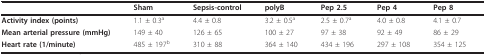
|  | Sham | Sepsis-control | polyB | Pep 2.5 | Pep 4 | Pep 8 |
 | --- | --- | --- | --- | --- | --- | --- |
 | Activity index (points) | 1.1 ± 0.3a | 4.4 ± 0.8 | 3.2 ± 0.5a | 2.5 ± 0.7a | 4.0 ± 0.8 | 4.1 ± 0.7 |
 | Mean arterial pressure (mmHg) | 149 ± 40 | 126 ± 65 | 100 ± 27 | 97 ± 38 | 92 ± 49 | 86 ± 29 |
 | Heart rate (1/minute) | 485 ± 197b | 310 ± 88 | 364 ± 140 | 434 ± 196 | 297 ± 108 | 354 ± 125 |